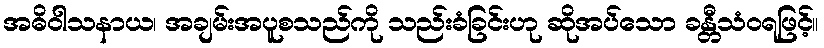
အဓိဝါသနာယ၊ အချမ်းအပူစသည်ကို သည်းခံခြင်းဟု ဆိုအပ်သော ခန္တီသံဝရဖြင့်။